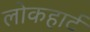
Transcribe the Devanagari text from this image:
लोकहार्ट